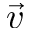
\vec { v }